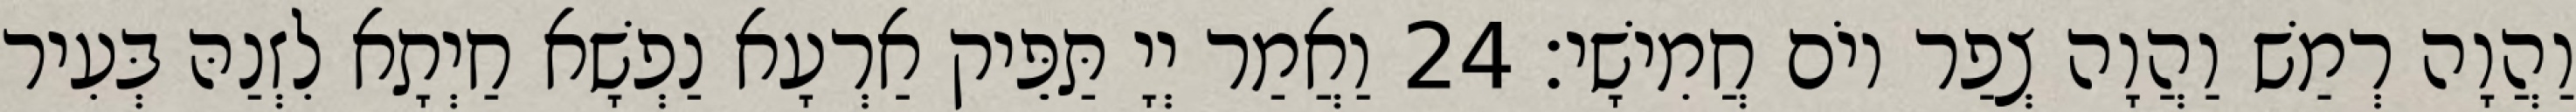
וַהֲוָה רְמַשׁ וַהֲוָה צְפַר יוֹם חֲמִישָׁי׃ 24 וַאֲמַר יְיָ תַּפֵּיק אַרְעָא נַפְשָׁא חַיְתָא לִזְנַהּ בְּעִיר